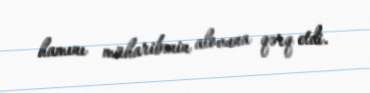
hamını müharibənin alovuna qərq etdi.